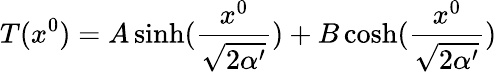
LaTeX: T(x^{0})=A\sinh(\frac{x^{0}}{\sqrt{2\alpha^{\prime}}})+B\cosh(\frac{x^{0}}{\sqrt{2\alpha^{\prime}}})